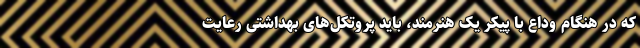
که در هنگام وداع با پیکر یک هنرمند، باید پروتکل‌های بهداشتی رعایت